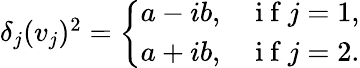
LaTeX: \begin{array}{r}{\delta_{j}(v_{j})^{2}=\left\{ \begin{array}{ll}{a-ib,}&{\mathrm{~i~f~}j=1,}\\ {a+ib,}&{\mathrm{~i~f~}j=2.}\end{array}\right.}\end{array}